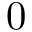
0